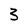
Character: 3